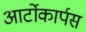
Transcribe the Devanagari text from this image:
आर्टोकार्पस